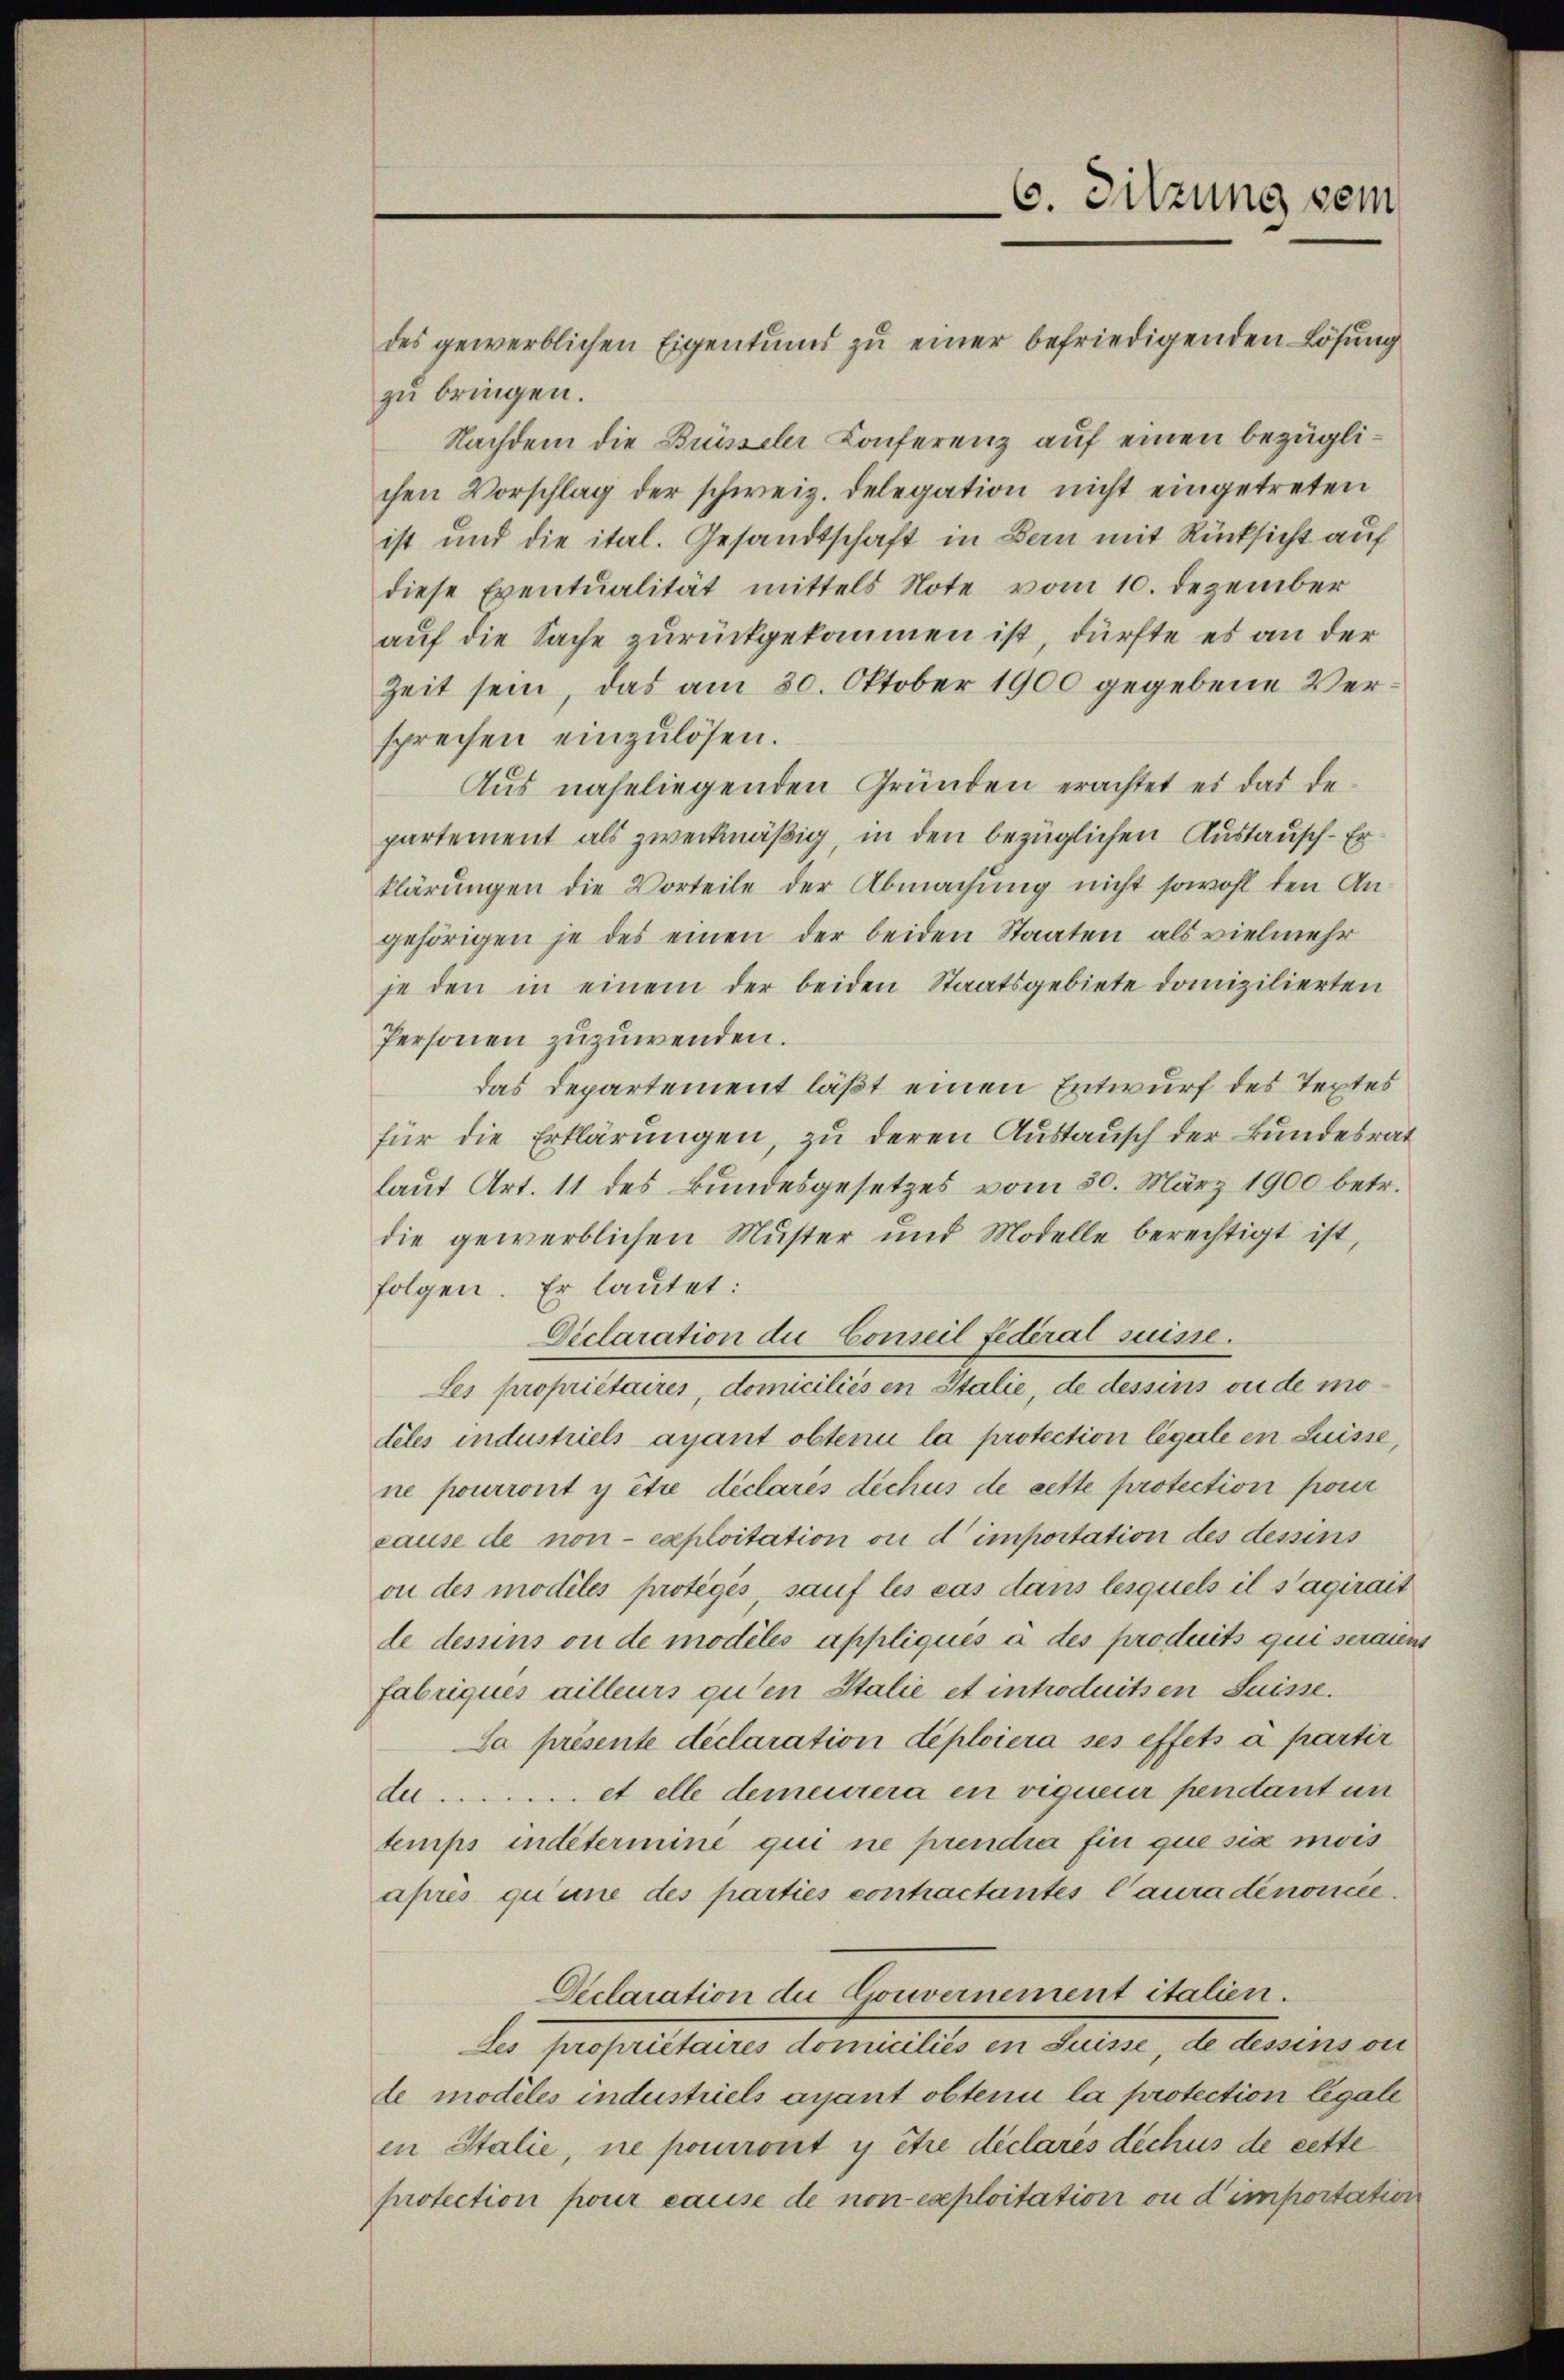
des gewerblichen Eigentums zu einer befriedigenden Lösung
zu bringen.
Nachdem die Brüsseler Konferenz auf einen bezüglichen Vorschlag der schweiz. Delegation nicht eingetreten
ist und die ital. Gesandtschaft in Bern mit Rücksicht auf
diese Eventualität mittels Note vom 10. Dezember
auf die Sache zurückgekommen ist, dürfte es an der
Zeit sein, das am 30. Oktober 1900 gegebene Versprechen einzulösen.
Aus naheliegenden Gründen erachtet es das de
partement als zweckmäßig, in den bezüglichen Austausch. Er
klärungen die Vorteile der Abmachung nicht sowohl den Angehörigen je des einen der beiden Staaten als vielmehr
je den in einem der beiden Staatsgebiete domizilierten
Personen zuzuwenden.
das Departement läßt einen Entwurf des Textes
für die Erklärungen, zu deren Austausch der Bundesrat
laut Art. 11 des Bundesgesetzes vom 30. März 1900 betr.
die gewerblichen Muster und Modelle berechtigt ist,
folgen. Er lautet:
Declaration die Conseil fédéral suisse.
Les propriétaires, domiciliés en Stalie, de dessins ou de modeles industriels ayant obtenu la protection légale en Suisse,
ne pourront y être déclares déchus de cette protection pour
cause de non exploitation ou d’importation des dessins
ou des modiles protegés, sauf les cas dans lesquels il s’agirait
de dessins ou de modélés appliqués à des produits qui seraien
fabriques ailleurs guten Stalie et introduitzen Suisse.
La présente déclaration déploiera ses effets à partir
de et elle demeurera en vigueur pendant un
temps indetermine qui ne prendia fin que sia mois
après qu’une des parties contractantes Caura dénoncée.
Declaration die Gouvernement italien.
Les propriétaires domiciliés en Suisse, de dessins ou
de modiles industriels ayant obtenu la protection legale
in Italie, ne pourront y être déclarés déchus de cette
protection pour cause de non exploitation ou d’importation

C. Sitzung sein